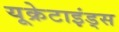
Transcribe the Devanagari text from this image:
यूक्रेटाइंड्स